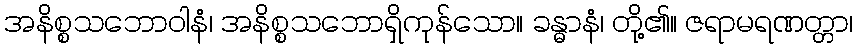
အနိစ္စသဘောဝါနံ၊ အနိစ္စသဘောရှိကုန်သော။ ခန္ဓာနံ၊ တို့၏။ ဇရာမရဏတ္တာ၊